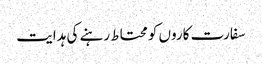
سفارت کاروں کو محتاط رہنے کی ہدایت